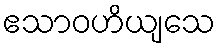
ဧသာဝဟိယျသေ